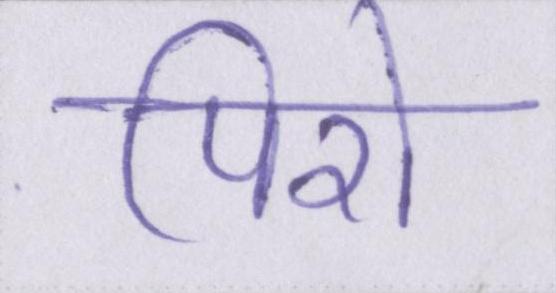
पिरो